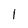
Character: 1